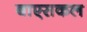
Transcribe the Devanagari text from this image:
बाएसकल